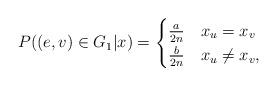
LaTeX: \begin{align*} P( (e,v) \in G_1|x) = \begin{cases} \frac{a}{2n} & x_u = x_v \\ \frac{b}{2n} & x_u \neq x_v, \end{cases} \end{align*}